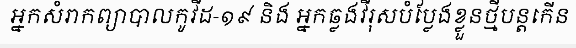
អ្នកសំរាកព្យាបាលកូវីដ-១៩ និង អ្នកឆ្លងវីរុសបំប្លែងខ្លួនថ្មីបន្តកើន